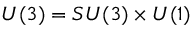
U ( 3 ) = S U ( 3 ) \times U ( 1 )